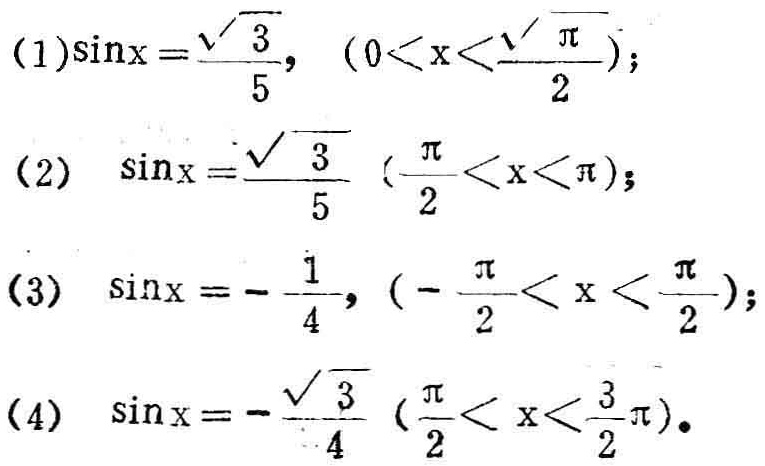
(1)$\sin x=\frac{\sqrt{3}}{5},(0 < x < \frac{\pi}{2})$;
(2)$\sin x=\frac{\sqrt{3}}{5}(\frac{\pi}{2} < x < \pi)$;
(3)$\sin x=-\frac{1}{4},(-\frac{\pi}{2} < x < \frac{\pi}{2})$;
(4)$\sin x=-\frac{\sqrt{3}}{4}(\frac{\pi}{2} < x < \frac{3}{2}\pi)$.